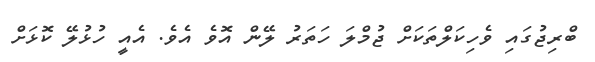
ބްރިޖުގައި ވެހިކަލްތަކަށް ޖުމްލަ ހަތަރު ލޭން އޮވެ އެވެ. އެއީ ހުޅުލޭ ކޮޅަށް